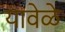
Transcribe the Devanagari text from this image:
यावेळे